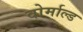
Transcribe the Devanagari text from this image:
वोर्माल्ड